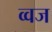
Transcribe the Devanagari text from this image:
व्वज